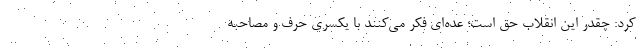
کرد: چقدر این انقلاب حق است؛ عده‌ای فکر می‌کنند با یکسری حرف و مصاحبه